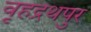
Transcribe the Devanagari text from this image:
वृहद्रथपुर